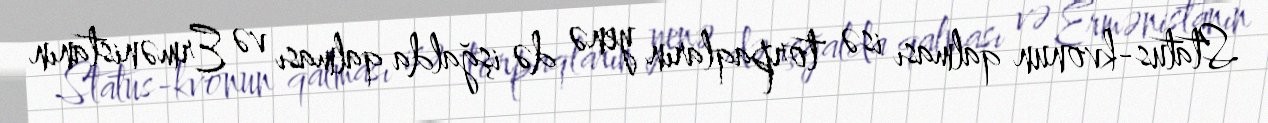
Status-kvonun qalması isə torpaqların yenə də işğalda qalması və Ermənistanın